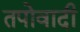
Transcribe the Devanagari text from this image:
तपोवादी